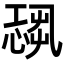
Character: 𢟃